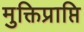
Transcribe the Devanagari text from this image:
मुक्तिप्राप्ति